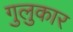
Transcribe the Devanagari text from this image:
गुलुकार